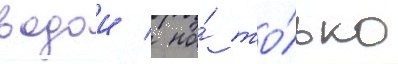
водои / но́ то́лько